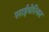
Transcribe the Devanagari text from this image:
साईबेरियन